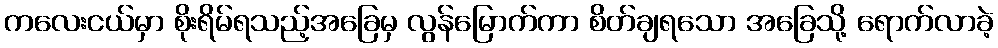
ကလေးငယ်မှာ စိုးရိမ်ရသည့်အခြေမှ လွန်မြောက်ကာ စိတ်ချရသော အခြေသို့ ရောက်လာခဲ့